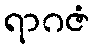
ရာဂဇံ